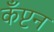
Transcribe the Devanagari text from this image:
कँप्टन